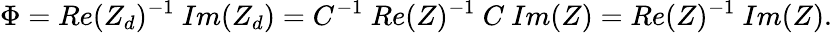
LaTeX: \Phi=Re(Z_{d})^{-1}~Im(Z_{d})=C^{-1}~Re(Z)^{-1}~C~Im(Z)=Re(Z)^{-1}~Im(Z).